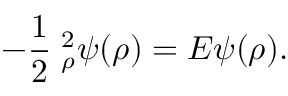
- \frac { 1 } { 2 } { \bf \nabla } _ { \rho } ^ { 2 } \psi ( \rho ) = E \psi ( \rho ) .